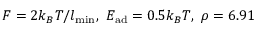
F = 2 k _ { B } T / l _ { \mathrm { m i n } } , ~ E _ { \mathrm { a d } } = 0 . 5 k _ { B } T , ~ \rho = 6 . 9 1 \